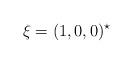
LaTeX: \begin{align*}\xi=(1,0,0)^\star\end{align*}